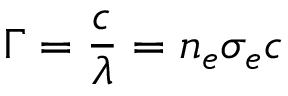
\Gamma = { \frac { c } { \lambda } } = n _ { e } \sigma _ { e } c